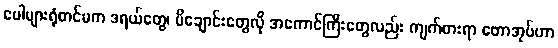
ပေါများရုံတင်မက ဒရယ်တွေ၊ မိချောင်းတွေလို အကောင်ကြီးတွေလည်း ကျက်စားရာ တောအုပ်ဟာ